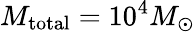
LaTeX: M_{\mathrm{{total}}}=10^{4}M_{\odot}